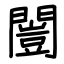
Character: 闓